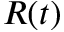
R ( t )